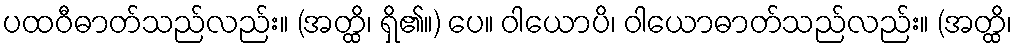
ပထဝီဓာတ်သည်လည်း။ (အတ္ထိ၊ ရှိ၏။) ပေ။ ဝါယောပိ၊ ဝါယောဓာတ်သည်လည်း။ (အတ္ထိ၊